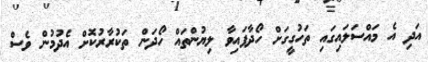
އަދި އެ މައްސަލައިގައި ތަހުގީގަށް ހޯދާފައިވާ ލިޔުންތައް ހޯދަން ތަކުރާރުކޮށް އެދުމުން ވެސް